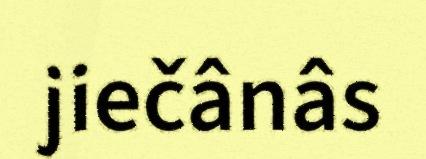
jiečânâs